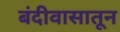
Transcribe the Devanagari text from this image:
बंदीवासातून